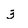
Character: 3